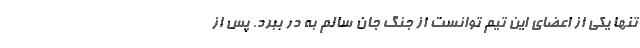
تنها یکی از اعضای این تیم توانست از جنگ جان سالم به در ببرد. پس از